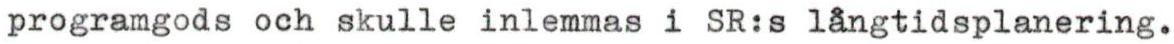
programgods och skulle inlemmas i SR:s långtidsplanering.